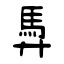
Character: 馵